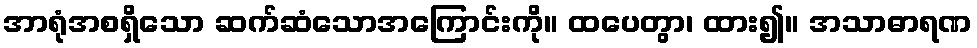
အာရုံအစရှိသော ဆက်ဆံသောအကြောင်းကို။ ထပေတွာ၊ ထား၍။ အသာဓာရဏ